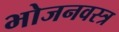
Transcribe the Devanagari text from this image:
भोजनवस्त्र